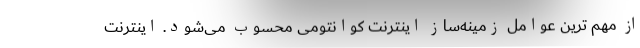
از مهم ترین عوامل زمینه‌ساز اینترنت کوانتومی محسوب می‌شود. اینترنت